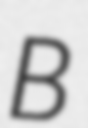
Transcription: B